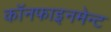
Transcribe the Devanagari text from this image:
कॉनफाइनमेन्ट